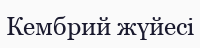
Кембрий жүйесі